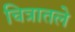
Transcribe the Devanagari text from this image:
चित्रातले